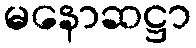
မနောဆဋ္ဌာ